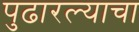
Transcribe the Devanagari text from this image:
पुढारल्याचा